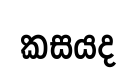
කසයද